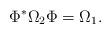
LaTeX: \begin{align*}\Phi^* \Omega_2 \Phi = \Omega_1.\end{align*}